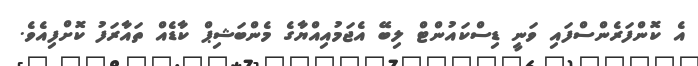
އެ ކޮންފަރެންސްފައި ވަނީ ޑިސްކައުންޓް ލިބޭ އެޖަމުއިއްޔާގެ މެންބަޝިޕް ކާޑެއް ތައާރަފު ކޮށްފިއެވެ.